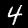
Label: 4